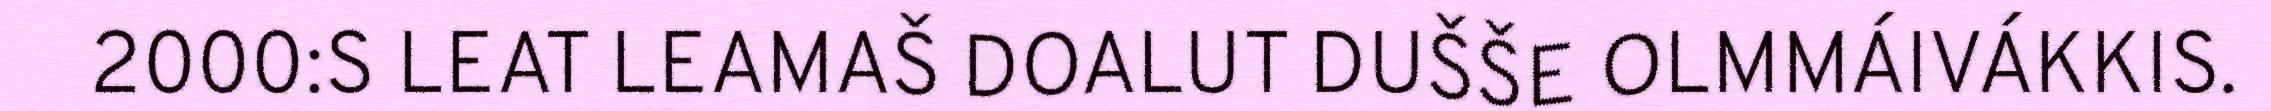
2000:S LEAT LEAMAŠ DOALUT DUŠŠE OLMMÁIVÁKKIS.